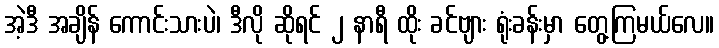
အဲ့ဒီ အချိန် ကောင်းသားပဲ၊ ဒီလို ဆိုရင် ၂ နာရီ ထိုး ခင်ဗျား ရုံးခန်းမှာ တွေ့ကြမယ်လေ။